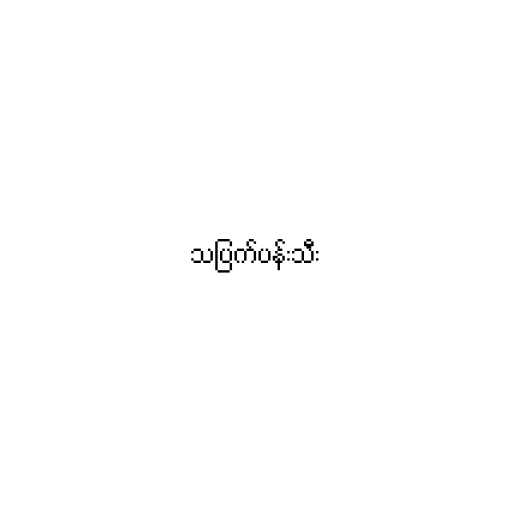
သပြက်ပန်းသီး